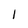
Character: 1